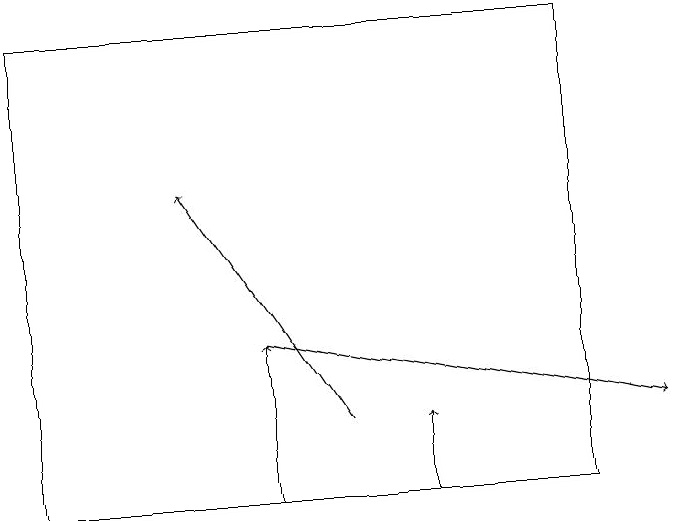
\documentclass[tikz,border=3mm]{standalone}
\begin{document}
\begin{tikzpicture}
\draw[->] (4,13) -- (2,16);
\draw[->] (5,12) -- (5,13);
\draw[->] (3,12) -- (3,14);
\draw (0,18) rectangle (7,12);
\draw[->] (3,14) -- (8,13);
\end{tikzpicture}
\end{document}